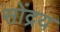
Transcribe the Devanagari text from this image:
सोंद्रय